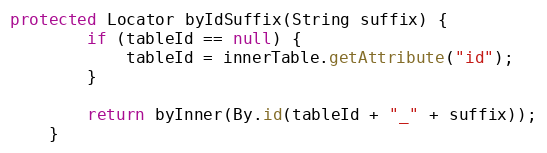
Language: Java
protected Locator byIdSuffix(String suffix) {
        if (tableId == null) {
            tableId = innerTable.getAttribute("id");
        }

        return byInner(By.id(tableId + "_" + suffix));
    }